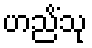
ဟညိံသု